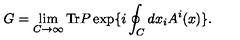
G = \lim _ { C \to \infty } \mathrm { T r } P \exp \{ i \oint _ { C } d x _ { i } A ^ { i } ( x ) \} .